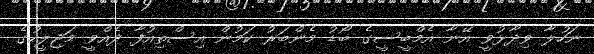
ނަހުލާ ވިދާޅުވީ އޭނާ އެމްބީސީގެ ބޯޑު މެންބަރު ކަމުން އިސްތިއުފާ ދެއްވީ މަޖިލީހުގެ